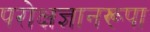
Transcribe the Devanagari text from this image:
परोक्षज्ञानरूपा